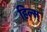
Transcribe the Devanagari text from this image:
हिल्स्